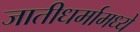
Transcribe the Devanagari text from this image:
जातीधर्मामध्ये